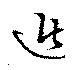
遁